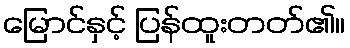
မြောင်နှင့် ပြန်ထူးတတ်၏။